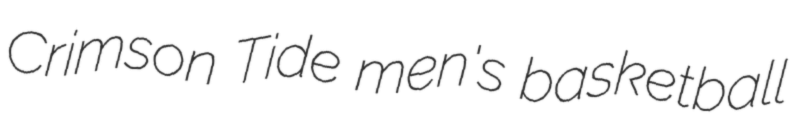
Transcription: Crimson Tide men's basketball